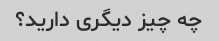
چه چیز دیگری دارید؟